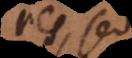
res, sed